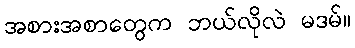
အစားအစာတွေက ဘယ်လိုလဲ မဒမ်။